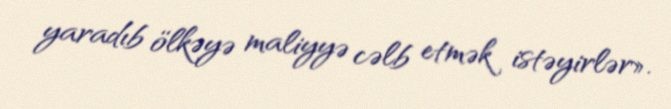
yaradıb ölkəyə maliyyə cəlb etmək istəyirlər».